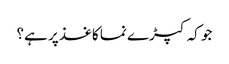
جو کہ کپڑے نما کاغذ پر ہے؟